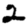
Digit: 2